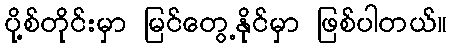
ပို့စ်တိုင်းမှာ မြင်တွေ့နိုင်မှာ ဖြစ်ပါတယ်။